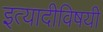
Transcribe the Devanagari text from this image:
इत्यादीविषयी